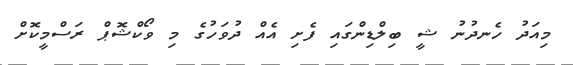
މިއަދު ހެނދުނު ޝީ ބިލްޑިންގައި ފެށި އެއް ދުވަހުގެ މި ވޯކްޝޮޕް ރަސްމީކޮށް